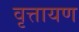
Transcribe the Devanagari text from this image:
वृत्तायण